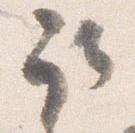
取